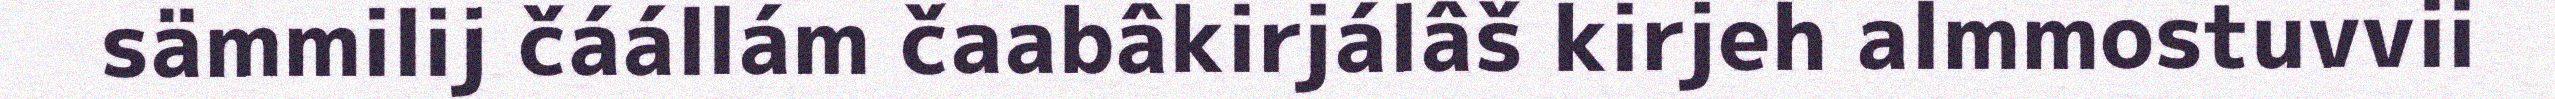
sämmilij čáállám čaabâkirjálâš kirjeh almmostuvvii